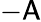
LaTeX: -\mathsf{A}